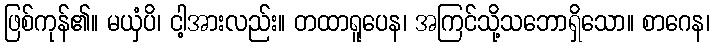
ဖြစ်ကုန်၏။ မယှံပိ၊ ငါ့အားလည်း။ တထာရူပေန၊ အကြင်သို့သဘောရှိသော။ စာဂေန၊